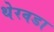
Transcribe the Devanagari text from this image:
थेरवडा